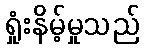
ရှုံးနိမ့်မှုသည်